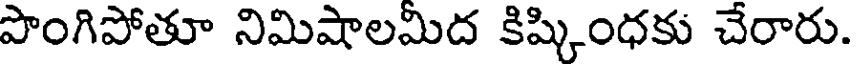
పొంగిపోతూ నిమిషాలమిద కిష్కింధకు చేరారు.